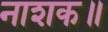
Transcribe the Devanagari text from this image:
नाशक॥